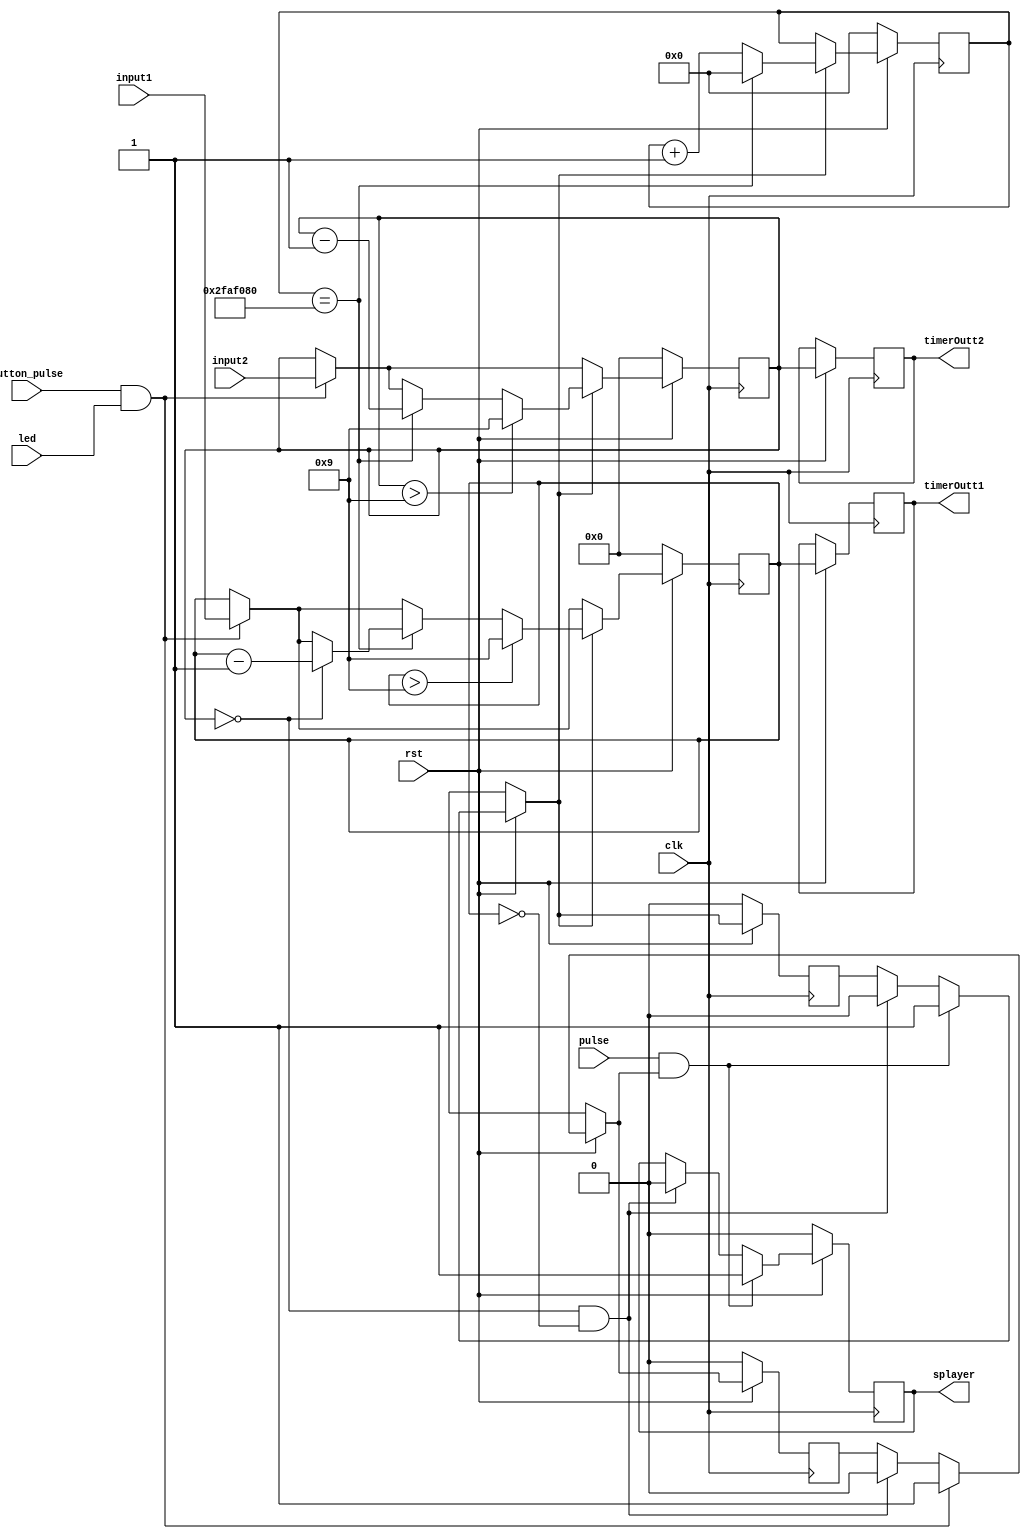
module t_timer(led,button_pulse,pulse,clk,rst,input1,input2,timerOutt1,timerOutt2,splayer);
	input clk,rst,pulse,led,button_pulse;
	input [3:0]input1,input2;
        //output  reg [6:0] outSignal1,outSignal;
	output reg [3:0] timerOutt1,timerOutt2;
	output reg splayer;
	// reg [25:0] swire;
	 reg [25:0] slow_clk;
	 reg [3:0]timer1,timer2;
	 reg flag=0;
	 reg flag1=0;
	always @(posedge clk)
		begin
			if(rst == 0)
				begin
					timer1<=0;
					timer2<=0;
					slow_clk <= 0;
					flag=0;
					flag1=0;
					splayer=0;
				end
			else
				begin  
					if(timer1 == 4'b0000 && timer2 == 4'b0000) begin
						flag=0;
						flag1=0;
						splayer=0;
					end
					if(button_pulse==1 && led ==1) begin
						timer1<=input2;
						timer2<=input1;
						flag=1;
					 end
					if(pulse==1 && flag==1) begin
						flag1=1;
						splayer=1;
					end
					if(flag1==1) begin
					if(timer1 > 4'b1001) begin
						timer1<= 4'b1001;
					end
					if(timer2 > 4'b1001) begin
						timer2<= 4'b1001;
					end
					if (slow_clk == 26'd50000000) begin
						if(timer1==4'b0000) begin
							timer2 <= timer2 - 1'b1;
						end		        
							timer1 <= timer1 - 1'b1;
						
					        slow_clk<= 0;
					 end
  					    else begin
					        slow_clk <= slow_clk + 1'b1;
					    end
					if(timer1 > 4'b1001) begin
						timer1<= 4'b1001;
					end
					if(timer2 > 4'b1001) begin
						timer2<= 4'b1001;
					end
					end
					
					
					 timerOutt1=timer2;
				 	 timerOutt2=timer1;
					//assign swire=slow_clk;
				end
		end
		/* always @(timer1)
		begin
			case(timer1)
				4'b0000: begin outSignal =7'b0000001;end
				4'b0001: begin outSignal =7'b1001111;end
				4'b0010: begin outSignal =7'b0010010;end
				4'b0011: begin outSignal =7'b0000110;end
				4'b0100: begin outSignal =7'b1001100;end
				4'b0101: begin outSignal =7'b0100100;end
				4'b0110: begin outSignal =7'b0100000;end
				4'b0111: begin outSignal =7'b0001111;end
				4'b1000: begin outSignal =7'b0000000;end
				4'b1001: begin outSignal =7'b0000100;end
				4'b1010: begin outSignal =7'b0001000;end
				4'b1011: begin outSignal =7'b1100000;end
				4'b1100: begin outSignal =7'b0110001;end
				4'b1101: begin outSignal =7'b1000010;end
				4'b1110: begin outSignal =7'b0110000;end
				4'b1111: begin outSignal =7'b0111000;end
				default: begin outSignal =7'b0000000;end
			endcase	
		end
	   always @(timer2)
		begin
			case(timer2)
				4'b0000: begin outSignal1 =7'b0000001;end
				4'b0001: begin outSignal1 =7'b1001111;end
				4'b0010: begin outSignal1 =7'b0010010;end
				4'b0011: begin outSignal1 =7'b0000110;end
				4'b0100: begin outSignal1 =7'b1001100;end
				4'b0101: begin outSignal1 =7'b0100100;end
				4'b0110: begin outSignal1 =7'b0100000;end
				4'b0111: begin outSignal1 =7'b0001111;end
				4'b1000: begin outSignal1 =7'b0000000;end
				4'b1001: begin outSignal1 =7'b0000100;end
				4'b1010: begin outSignal1 =7'b0001000;end
				4'b1011: begin outSignal1 =7'b1100000;end
				4'b1100: begin outSignal1 =7'b0110001;end
				4'b1101: begin outSignal1 =7'b1000010;end
				4'b1110: begin outSignal1 =7'b0110000;end
				4'b1111: begin outSignal1 =7'b0111000;end
				default: begin outSignal1 =7'b0000000;end
			endcase	
		end*/
endmodule